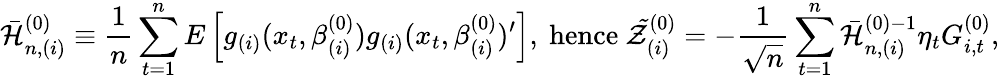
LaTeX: \mathcal{\bar{H}}_{n,(i)}^{(0)}\equiv\frac{1}{n}\sum_{t=1}^{n}E\left[g_{(i)}(x_{t},\beta_{(i)}^{(0)})g_{(i)}(x_{t},\beta_{(i)}^{(0)})^{\prime}\right]\mathrm{,~hence~}\mathcal{\tilde{Z}}_{(i)}^{(0)}=-\frac{1}{\sqrt{n}}\sum_{t=1}^{n}\mathcal{\bar{H}}_{n,(i)}^{(0)-1}\eta_{t}G_{i,t}^{(0)},